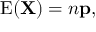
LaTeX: \operatorname { E } ( \mathbf { X } ) = n \mathbf { p } ,